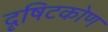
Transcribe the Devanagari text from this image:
दृषिटकोण